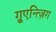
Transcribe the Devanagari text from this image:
ग़्रुएन्त्ज़िग